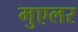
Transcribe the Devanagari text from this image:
मुएलर